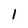
Character: 1